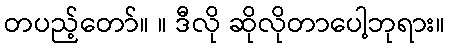
တပည့်တော်။ ။ ဒီလို ဆိုလိုတာပေါ့ဘုရား။